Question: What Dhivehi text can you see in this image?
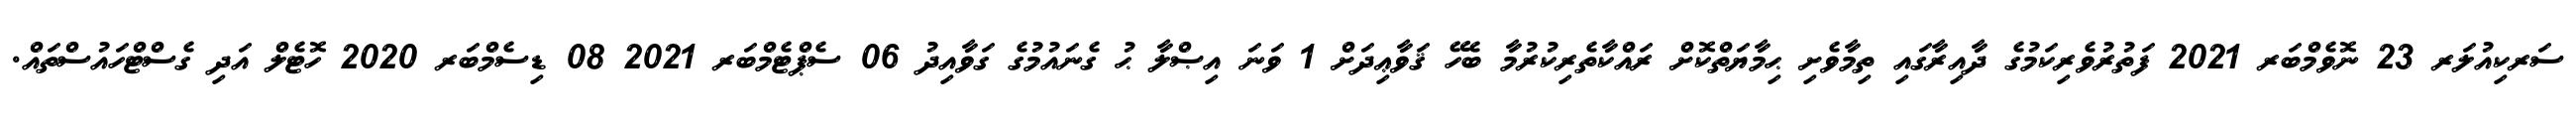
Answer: ސަރކިއުލަރ 23 ނޮވެމްބަރ 2021 ފަތުރުވެރިކަމުގެ ދާއިރާގައި ތިމާވެށި ޙިމާޔަތްކޮށް ރައްކާތެރިކުރުމާ ބެހޭ ޤަވާޢިދަށް 1 ވަނަ އިޞްލާ ޙު ގެނައުމުގެ ގަވާއިދު 06 ސެޕްޓެމްބަރ 2021 08 ޑިސެމްބަރ 2020 ހޮޓެލް އަދި ގެސްޓްހައުސްތައް.